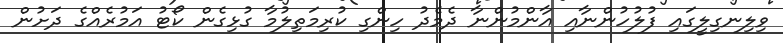
ވިލިނގިލީގައި ފުލުހުންނާއި އާންމުންނާ ދެމެދު ހިންގި ކުރިމަތިލުމާ ގުޅިގެން ކޯޓު އަމުރެއްގެ ދަށުން